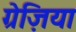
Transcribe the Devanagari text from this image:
ग्रेज़िया